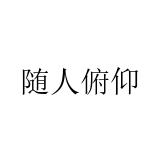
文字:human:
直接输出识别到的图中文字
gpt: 随人俯仰